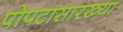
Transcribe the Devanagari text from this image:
पोपटासारख्या